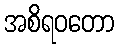
အစိရဝတော